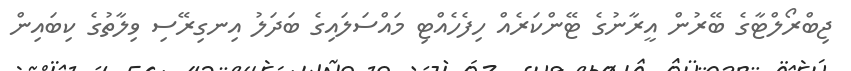
ޖިބްރޯލްޓާގެ ބޭރުން އީރާނުގެ ޓޭންކަރެއް ހިފެހެއްޓި މައްސަލައިގެ ބަދަލު އިނގިރޭސި ވިލާތުގެ ކިބައިން